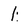
Character: 1